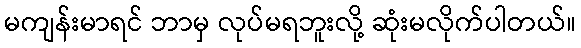
မကျန်းမာရင် ဘာမှ လုပ်မရဘူးလို့ ဆုံးမလိုက်ပါတယ်။